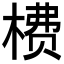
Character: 𬃮